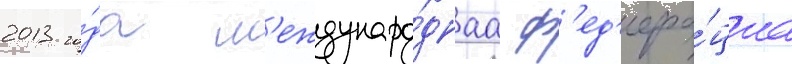
2013 го́да м'еждунаро́днаа ф'ед'ера́циа